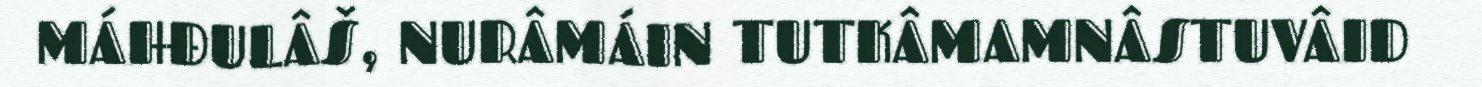
MÁHĐULÂŠ, NURÂMÁIN TUTKÂMAMNÂSTUVÂID